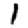
Digit: 1